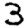
Digit: 3